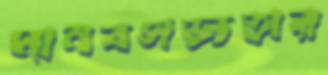
মানবসভ্যতার